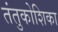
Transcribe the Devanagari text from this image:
तंतुकोशिका